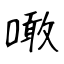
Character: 噉